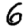
Digit: 6